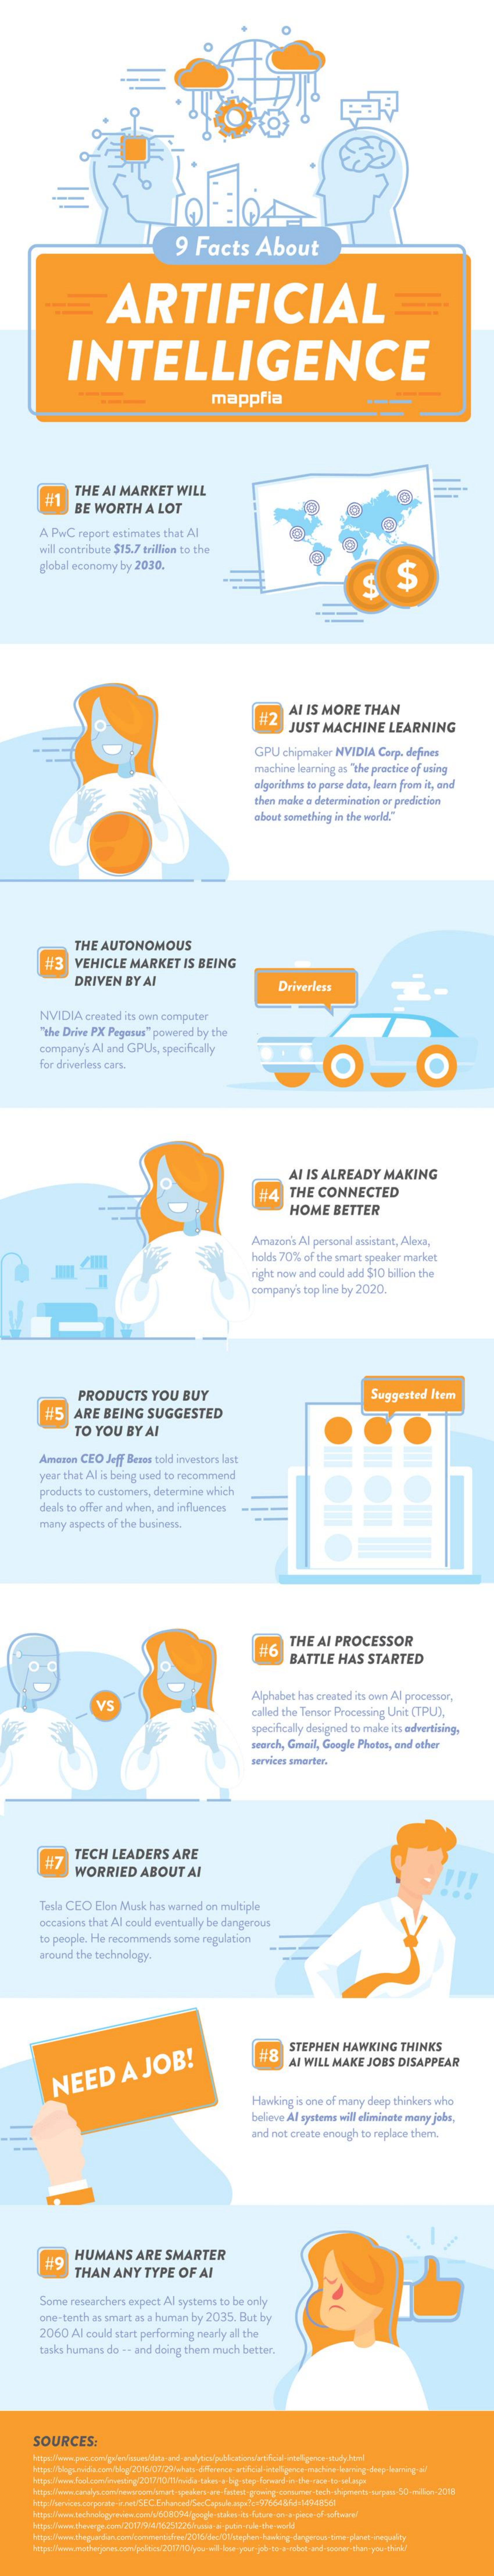
9  Facts    About
     ARTIFICIAL
     INTELLIGENCE
     mappfia
     THE   AI MARKET    WILL
     BE   WORTH    A  LOT
     A PwC   report  estimates  that  Al
     will contribute $15.7  trillion to the
     global economy    by 2030.
     $
     #/ 2
     AI IS MORE    THAN
     JUST   MACHINE    LEARNING
     GPU  chipmaker   NVIDIA    Carp. defines
     machine  learning as "the practice of using
     algorithms  to parse dots, learn from it, and
     then make  a determination  or prediction
     about  something  in the world"
     THE  AUTONOMOUS
     VEHICLE    MARKET    IS  BEING
     DRIVEN    BY  AI    Driverless
     NVIDIA    crewted its own  computer
     "the Drive PX  Pegesus"  powered   by the
     company's   All and GPUS,  specifically
     for driverlens cars.    O
     AI  IS ALREADY    MAKING
     THE   CONNECTED
     HOME    BETTER
     Amazon's   Al personal assistant, Alecs,
     holch 70%  of the smart  speaker market
     right now and  could add $10  billion the
     company's  top line by 2020,
     PRODUCTS    YOU    BUY    Suggested   Item
     #5    ARE   BEING    SUGGESTED
     TO  YOU    BY  AI
     Amouan   CEO   Jeff Beros told investors last
     year that Al is being used to recommend
     products  to customers,  determine   which
     deals to offer and when,  and influences
     many  aspects  of the business.
     16
     THE  AI  PROCESSOR
     BATTLE    HAS   STARTED
     VS
     Alphabet  has created its own  Al processor,
     called the Tensor Processing  Unit (TPU),
     specifically designed to make  its adverthing,
     search, Gmail, Google  Photos, and  other
     services smarter.
     W 7
     TECH   LEADERS    ARE
     WORRIED    ABOUT    AI
     Tesla CEO   Elon  Musk  has warned   on multiple
     occasions  that Al could eventually  be dangerous
     to people. He  recommends    some  regulation
     around  the technology.
     STEPHEN    HAWKING    THINKS
     AI WILL  MAKE   JOBS   DISAPPEAR
     NEED    A    JOB!
     Hawking  is one of many  deep  thinkers who
     believe Al systems wil eliminete  many  jobs,
     and not create  enough  to replace them,
     # 9
     HUMANS    ARE    SMARTER
     THAN    ANY    TYPE   OF   AI
     Some  researchers   expect Al systems   to be only
     one-tenth  as smart  as a human  by  2035.  But  bry
     2060   Al could start performing   nearly all the
     tasks humans   do -- and doing  them  much   better.
     SOURCES:
     hetgeWww.canalyscamerasroomimat speakers are fietest growing consumer tech shipments super 50 millor 2018